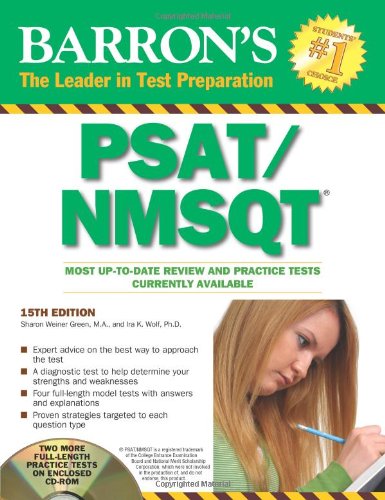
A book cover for Barron's PSAT/NMSQT with CD-ROM (Barron's PSAT/NMSQT (W/CD)); Sharon Weiner Green M.A.; Test Preparation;